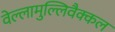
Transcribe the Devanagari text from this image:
वेल्लामुल्लिवैक्कल